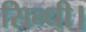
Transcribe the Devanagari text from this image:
सिन्धी।